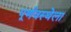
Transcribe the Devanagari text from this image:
पूर्णवस्थेला